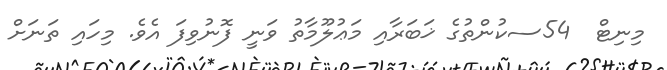
މިނިޓް  54ސކުންތުގެ ޚަބަރާއި މަޢުލޫމާތު ވަނީ ފޮނުވިފަ އެވެ. މިހައި ތަނަށް